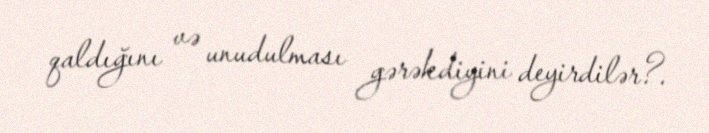
qaldığını və unudulması gərəkdiyini deyirdilər?.